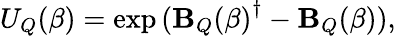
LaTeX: U_{Q}(\beta)=\exp{({\mathbf{B}_{Q}(\beta)}^{\dagger}-\mathbf{B}_{Q}(\beta))},